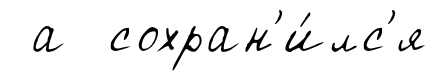
а сохран'и́лс'я